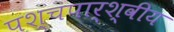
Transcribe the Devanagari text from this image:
पश्चपार्श्वीय